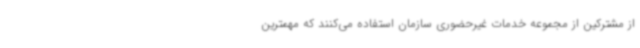
از مشترکین از مجموعه خدمات غیرحضوری سازمان استفاده می‌کنند که مهمترین